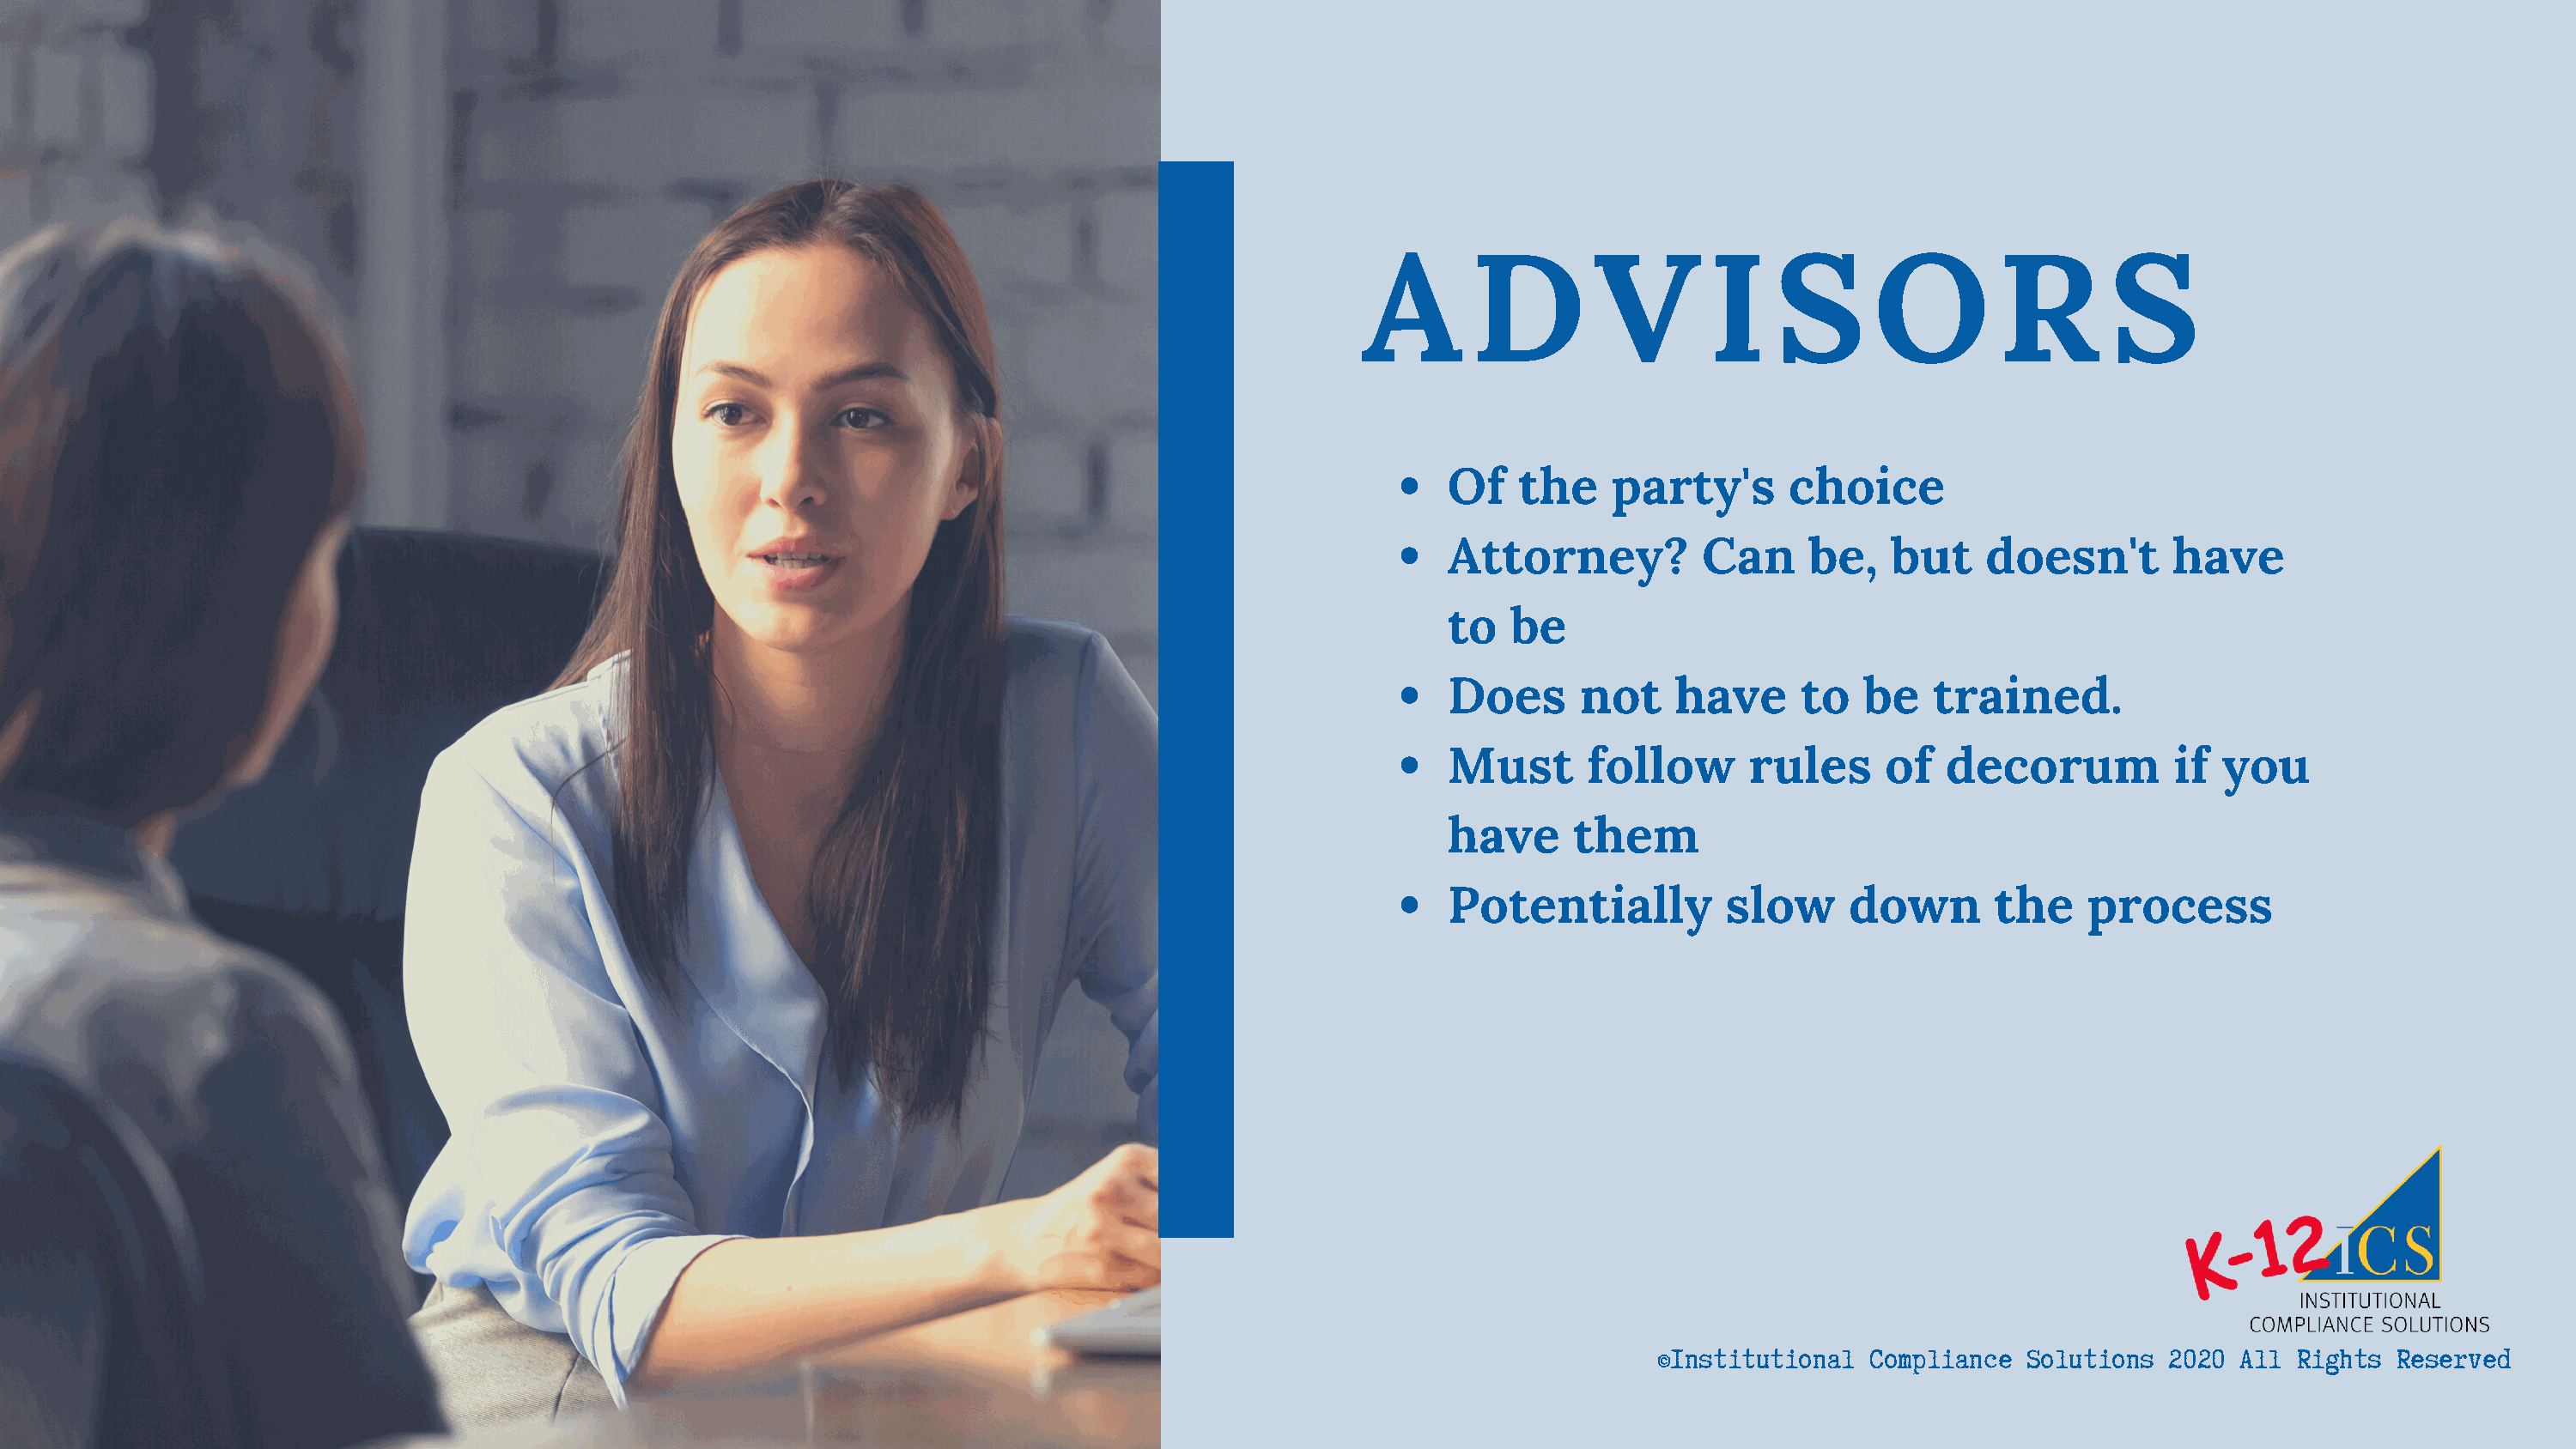
A       D         V        I    S      O         R        S
 Of   the    party's       choice
 Attorney?          Can     be,    but    doesn't       have
 to  be
 Does      not    have      to   be   trained.
 Must      follow       rules     of   decorum           if you
 have     them
 Potentially          slow      down       the    process
 ©Institutional  Compliance  Solutions  2020  All Rights  Reserved